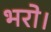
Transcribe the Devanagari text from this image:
भरो।